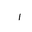
Letter: _alif